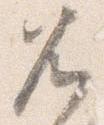
兀